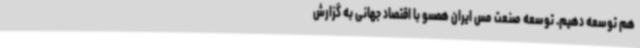
هم توسعه دهیم. توسعه صنعت مس ایران همسو با اقتصاد جهانی به گزارش